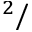
^ 2 /